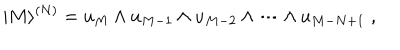
LaTeX: | M \rangle ^ { ( N ) } = u _ { M } \wedge u _ { M - 1 } \wedge u _ { M - 2 } \wedge \dots \wedge u _ { M - N + 1 } \; ,